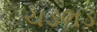
ચડભડ